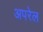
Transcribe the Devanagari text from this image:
अपरेल